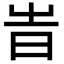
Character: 旹